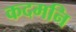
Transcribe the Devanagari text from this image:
कदमनि